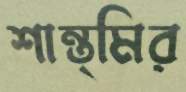
শান্ত্মির